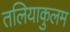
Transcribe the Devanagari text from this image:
तलियाकुलम